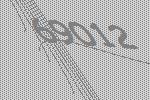
69012